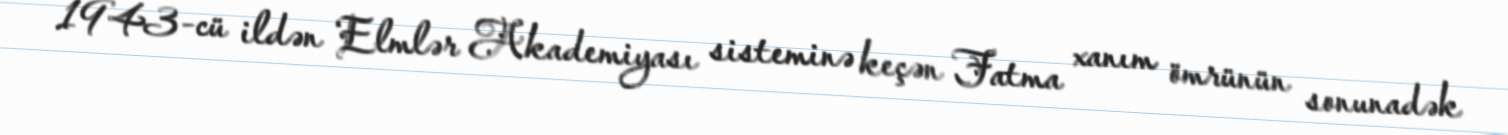
1943-cü ildən Elmlər Akademiyası sisteminə keçən Fatma xanım ömrünün sonunadək